Vaccination in the Punjab 1919-1929 - 1919-1929
Year: 1919
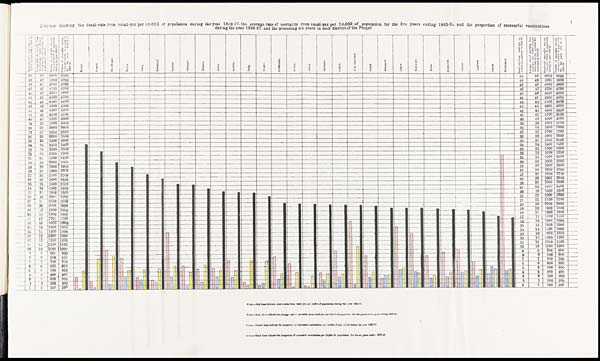
Diagram showing the death-rate from small-pox per 10,000 of population during the year 1926-27. the average rate of mortality from small-pox per 10,000 of population for the five years ending 1925-26, and the proportion of successful vaccinations
during the year 1926-27, and the prceeding six years in each district of the Punjab